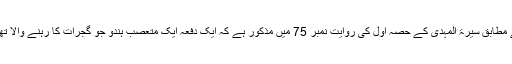
اس روایت کے مطابق سیرۃ المہدی کے حصہ اول کی روایت نمبر 75 میں مذکور ہے کہ ایک دفعہ ایک متعصّب ہندو جو گجرات کا رہنے والا تھا قادیان آیا تھا۔